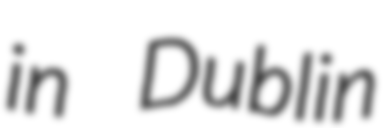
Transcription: in Dublin